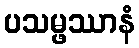
ပသမ္ဖဿာနံ